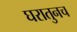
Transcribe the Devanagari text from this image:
घरातुनच